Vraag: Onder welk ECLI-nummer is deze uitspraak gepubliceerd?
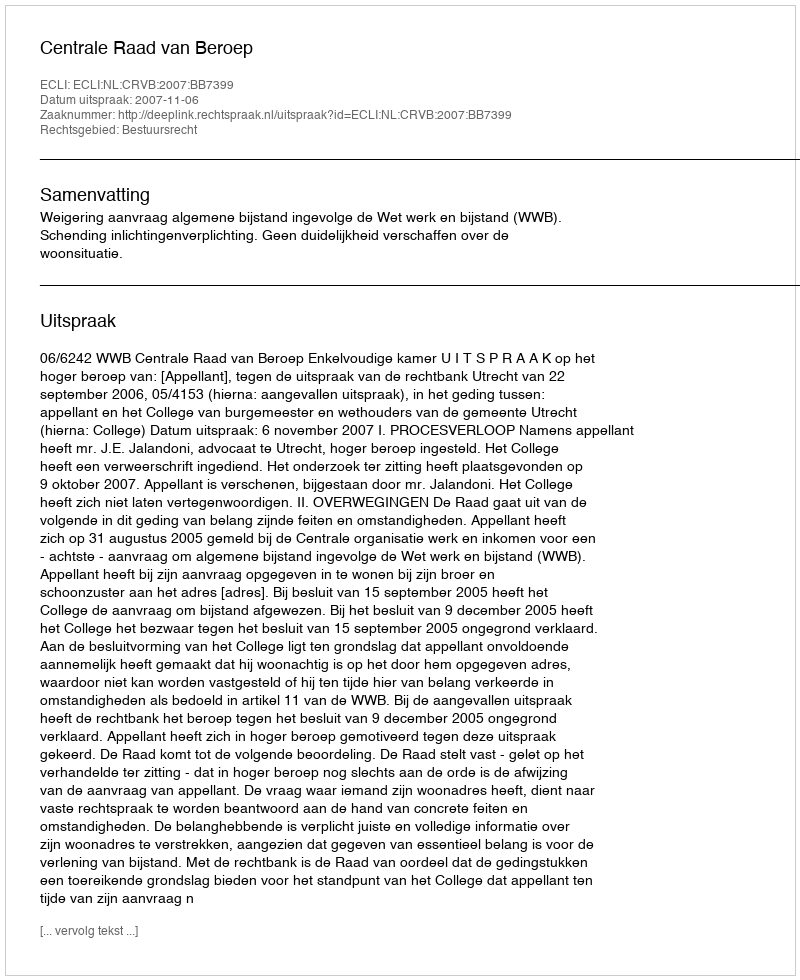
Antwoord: ECLI:NL:CRVB:2007:BB7399